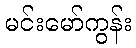
မင်းမော်ကွန်း